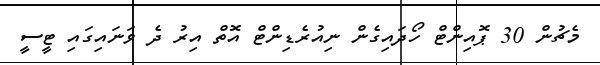
މެޗުން 30 ޕޮއިންޓް ހޯދައިގެން ނިއުރެޑިންޓް އޮތް އިރު ދެ ވަނައިގައި ޓީސީ